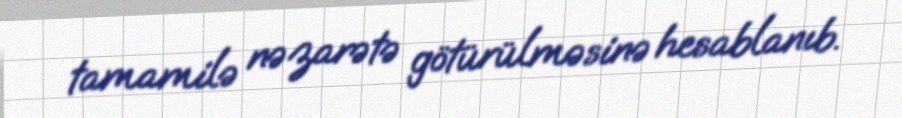
tamamilə nəzarətə götürülməsinə hesablanıb.